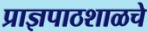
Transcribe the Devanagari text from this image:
प्राज्ञपाठशाळचे